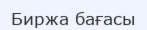
Биржа бағасы